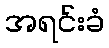
အရင်းခံ